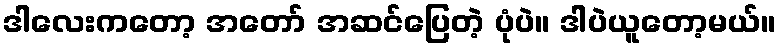
ဒါလေးကတော့ အတော် အဆင်ပြေတဲ့ ပုံပဲ။ ဒါပဲယူတော့မယ်။